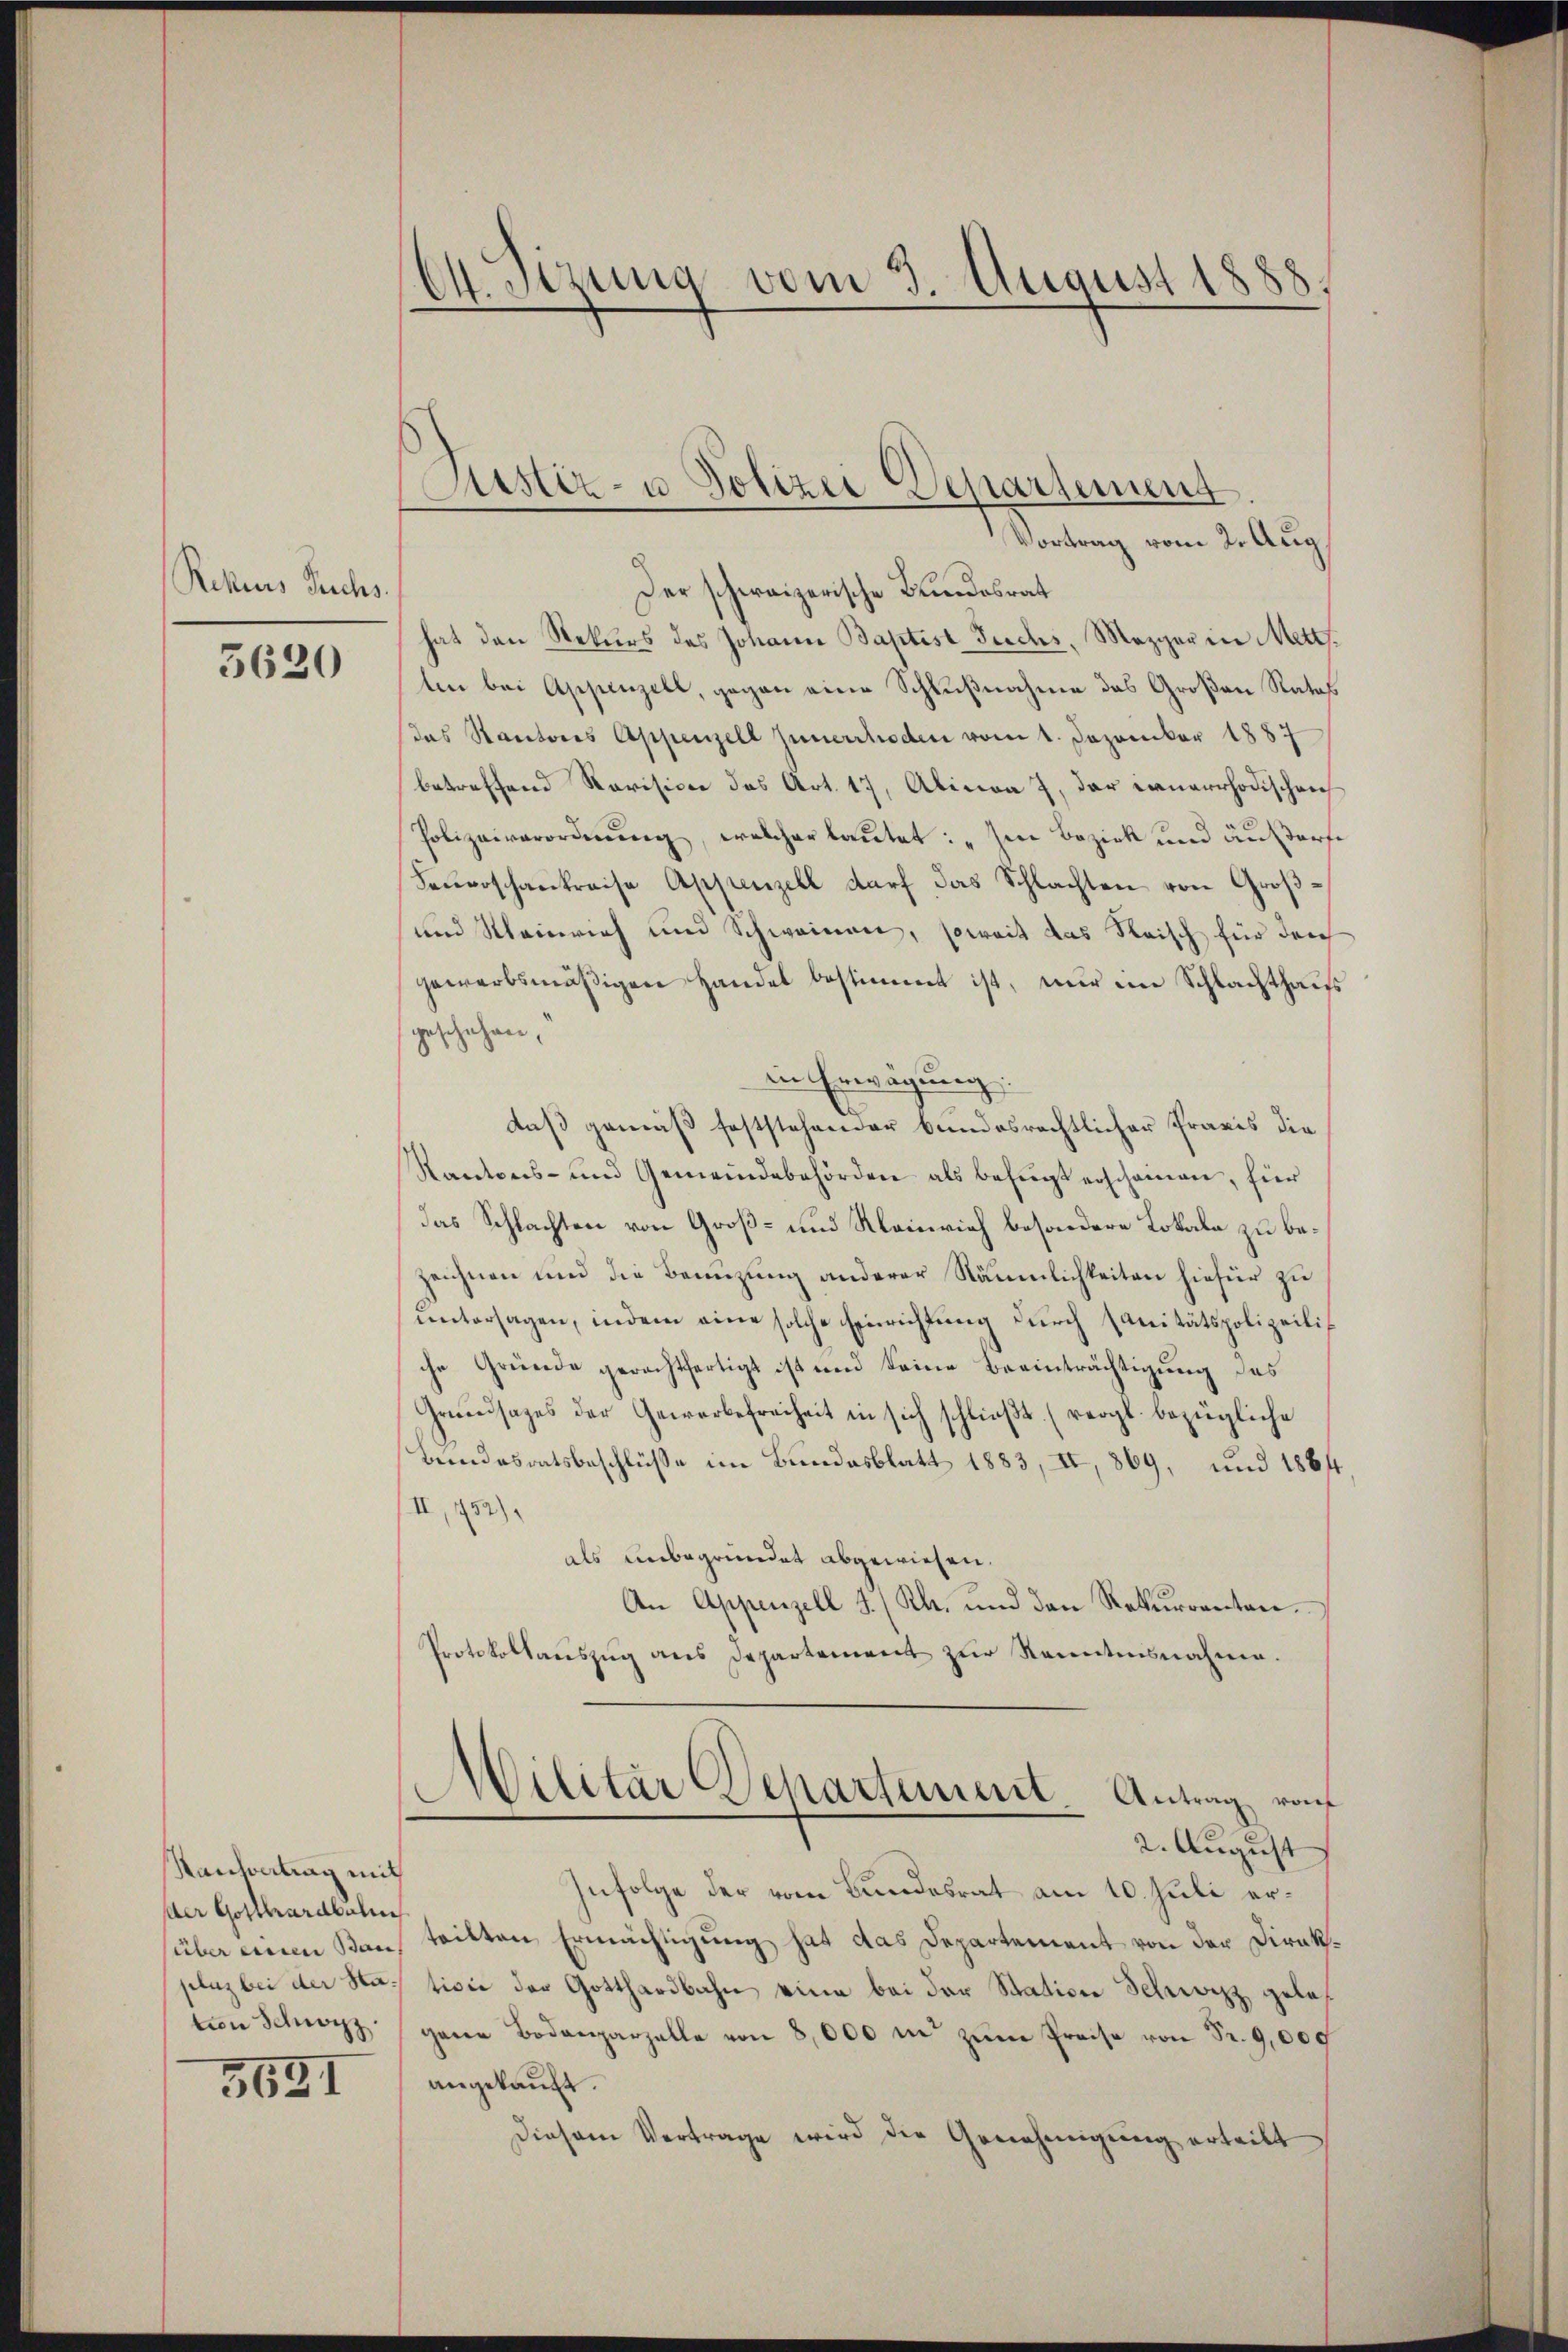
Rekurs Fuchs.

5620

Rausvertrag mit
der Gotthardbahn
plaz bei der Station Schwyz.

3681

64. Sizung vom 3. August 1888.

Justiz- u Polizei Departement

Vortrag vom 2. Aug.
Der schweizerische Bundesrat
hat den Rekurs des Johann Baptist Fuchs, Mezger in Mett
len bei Appenzell, gegen eine Schlußnahme das Großen Ratas
das Kantons Appenzell Innerrhoden vom 1. Dezember 1887
betreffend Revision des Art. 17, Abinon 7, der ernerrhodischen
Polizeiverordnŭng, welcher lautet: „Im Bezirk und außerfe
Feŭerschankreise Appenzell darf das Schlachten von Groß¬
und Meinrich und Schweinen, soweit das Reisch für den
gewerbsmäßigen Handel bestimmt ist, nur im Schlachthaus
geschehen,
in Erwägung:
daß gemäß feststehender bundesrechtlicher Praxis die
Kantons- und Gemeindebehörden als befugt erscheinen, für
das Schlachten von Groß- und Kleinrich besondere Lokale zu bezeichnen und die Benuzung anderer Räumlichkeiten hiefür zu
untersagen, indem eine solche Einrichtung durch sanitätspolizeiliche Gründe gerechtfertigt ist und keine Beeinträchtigung des
Gruensages der Gewerbefreiheit in sich schließt. (vergl. bezügliche
Beindesratsbeschlüsse im Bundesblatt 1883, II, 869, und 1884
/II, 152),
als unbegründet abgewiesen.
An Appenzell I. (Rh. und den Rekurrenten.
Protokollauszug aus Departement zur Kenntnisnahme.
Militär Departement Antrag vom
2. August
Infolge der vom Bundesrat am 10. Juli erüber ein Bau teilten Ermächtigung hat das Departement von der Direktivie der Gotthardbahn eine bei der Station Schwyzz geles
gene Bodenparzelle von 8,000 in zŭm Preise von Fr. 9,000
angekauft.
Diesem Vertrage wird die Genehmigŭng erteilt